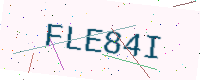
Text: FLE84I